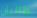
طالبان